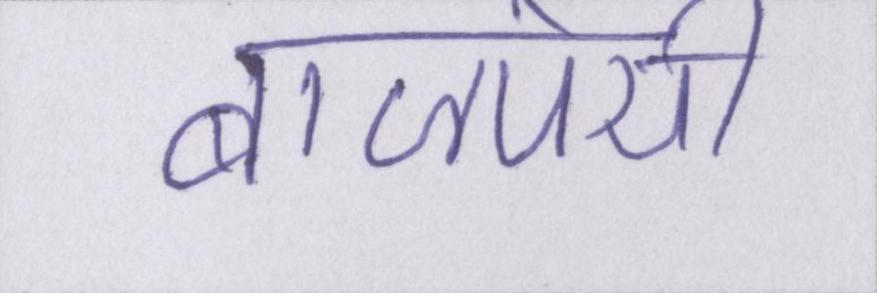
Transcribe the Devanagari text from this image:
बाजपेयी